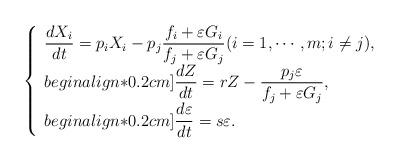
LaTeX: \begin{align*}\left\{ \begin{array}{l}\displaystyle \frac{dX_i}{dt} = p_iX_i - p_j \frac{f_i + \varepsilon G_i}{f_j + \varepsilon G_j}(i=1,\cdots ,m; i\neq j), \\begin{align*}0.2cm]\displaystyle \frac{dZ}{dt} =rZ - \frac{p_j \varepsilon }{f_j + \varepsilon G_j}, \\begin{align*}0.2cm]\displaystyle \frac{d\varepsilon }{dt} = s\varepsilon.\end{array} \right.\end{align*}